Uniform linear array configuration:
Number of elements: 48
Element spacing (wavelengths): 1
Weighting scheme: kaiser
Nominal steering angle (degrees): -60
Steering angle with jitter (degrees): -59.09
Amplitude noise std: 0.05
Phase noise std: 0.05

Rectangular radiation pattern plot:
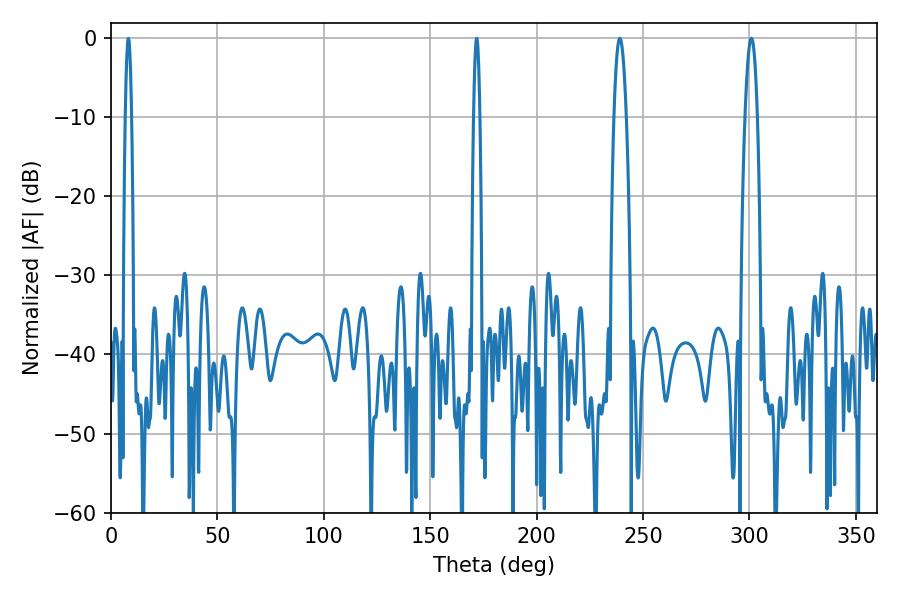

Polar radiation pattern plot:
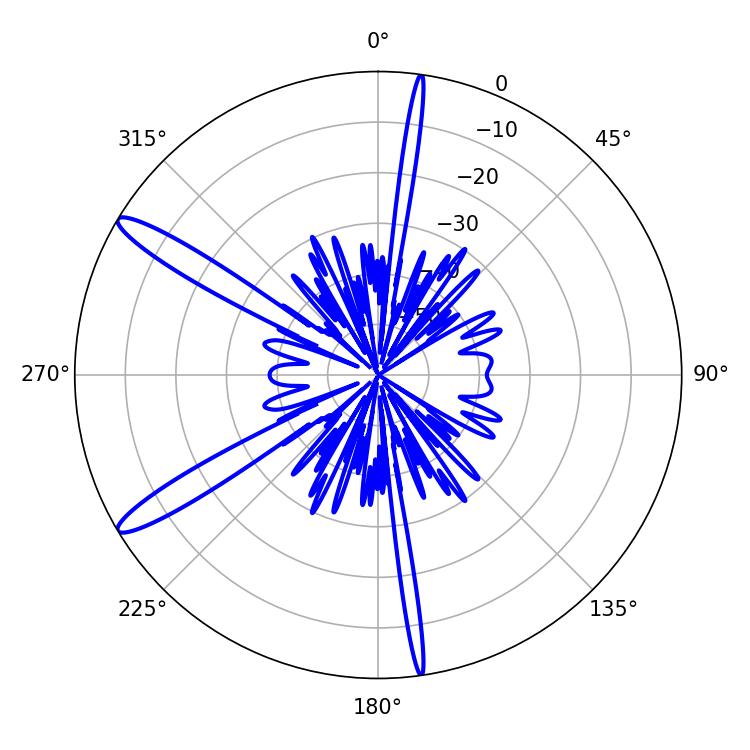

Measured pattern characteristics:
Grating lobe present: TRUE
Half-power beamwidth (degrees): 3.06
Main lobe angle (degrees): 300.96